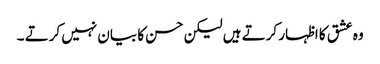
وہ عشق کا اظہار کرتے ہیں لیکن حسن کا بیان نہیں کرتے ۔